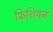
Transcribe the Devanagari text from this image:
फ्रिशियन